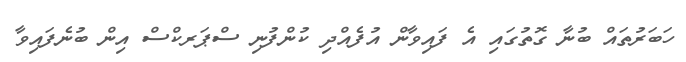
ހަބަރުތައް ބުނާ ގޮތުގައި އެ ފައިވާން އުފެއްދި ކުންފުނި ސްޕަރކްސް އިން ބުނެފައިވާ